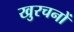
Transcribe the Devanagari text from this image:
खुरचनों